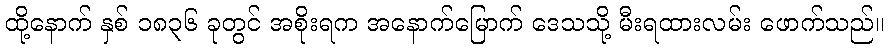
ထို့နောက် နှစ် ၁၈၃၆ ခုတွင် အစိုးရက အနောက်မြောက် ဒေသသို့ မီးရထားလမ်း ဖောက်သည်။